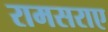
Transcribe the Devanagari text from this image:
रामसराए